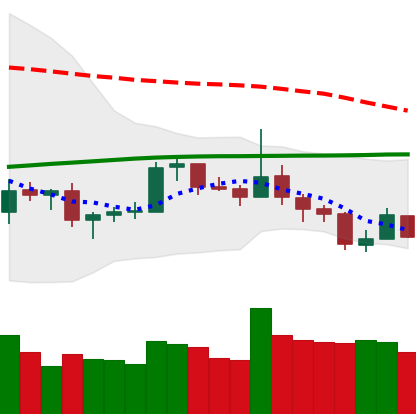
Ticker: LTC-USD
Chart end date: 2019-08-12
Forward return: -15.104%
Label: down_7plus